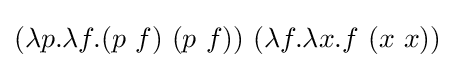
(\lambda p.\lambda f.(p\ f)\ (p\ f))\ (\lambda f.\lambda x.f\ (x\ x))